Rapla_vallavalitsus, lk 21
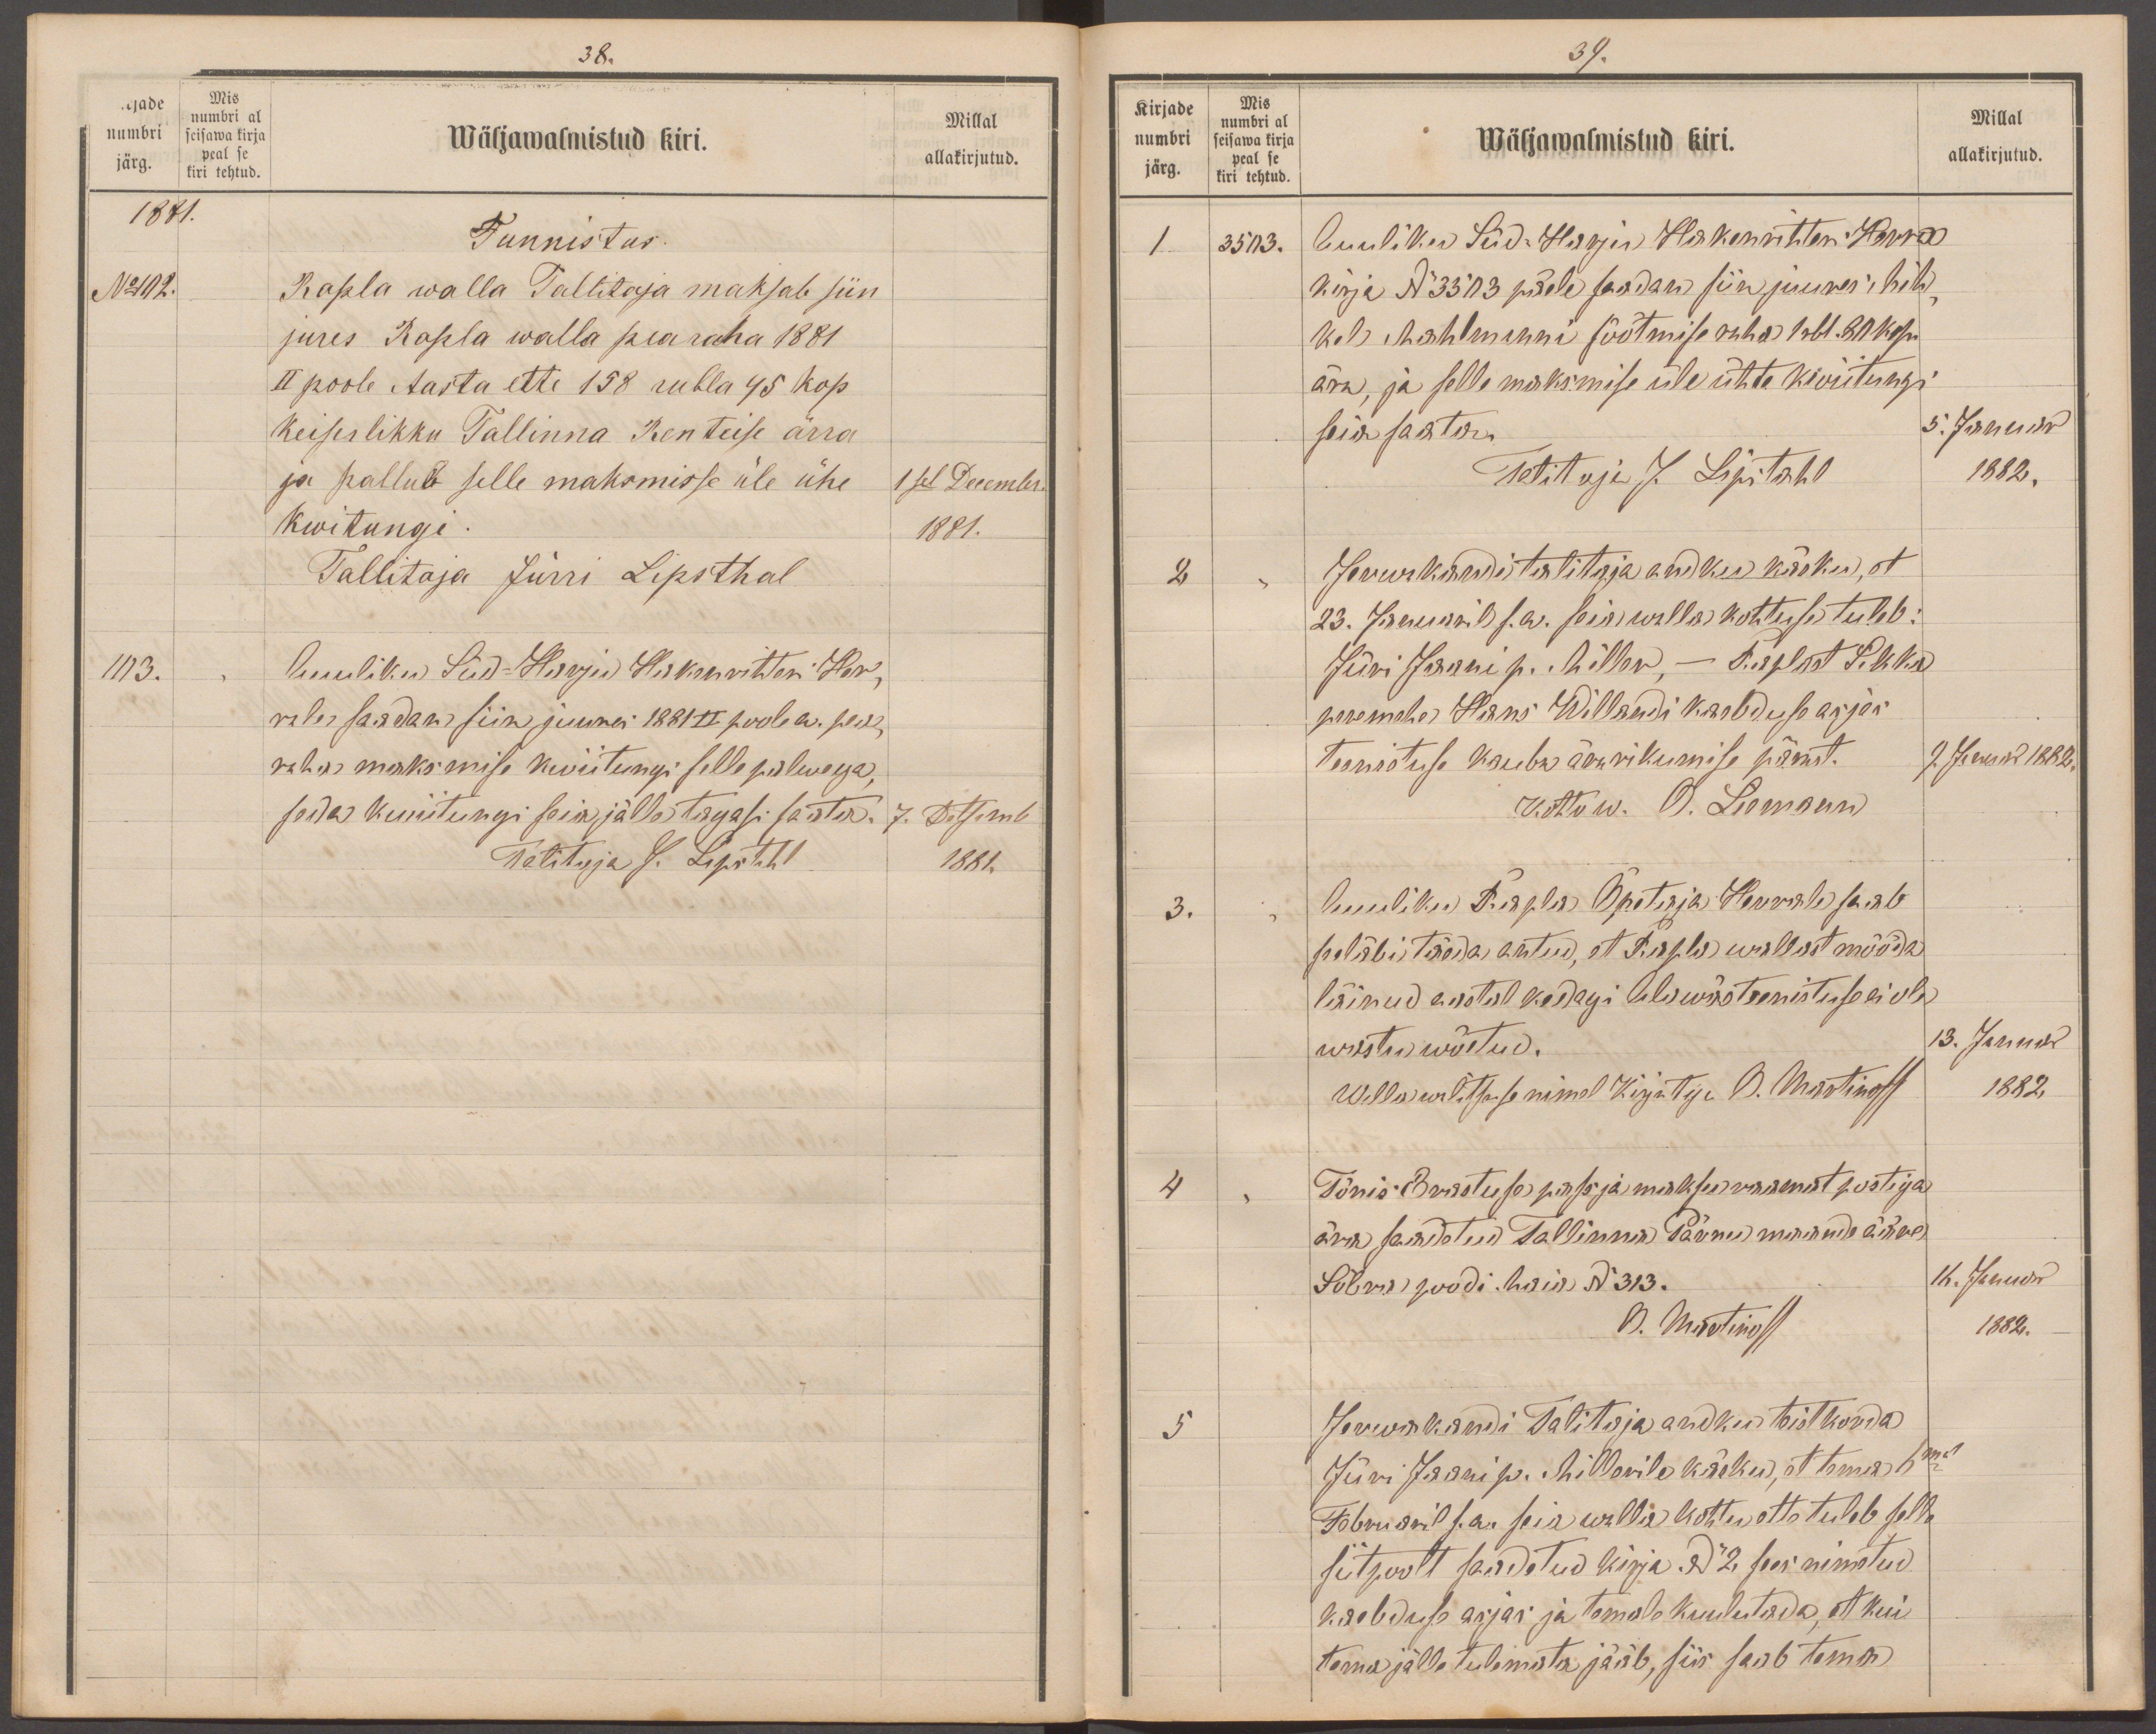
38.
jaade
Mis
numbri al
numbri
seisawa kirja
Wäljawalmistud kiri.
Millal
peal se
järg.
kiri tehtud
allakirjutud.
1881.
Tunnistus.
No 102.
Rapla walla Tallitaja maksab siin
jures Rapla walla pearaha 1881
II poole Aasta ette 158 rubla 45 kop
keiserlikku Tallinna Renteise ärra
ja pallub selle maksmisse üle ühe
sel Decembr.
Kwitungi
1881.
Tallitaja Jürri Lipsthal
103.
1
Auuliku Süd-Harju Hakenrihteri Her-
rale saadan siin juures 1881 II poole a. selle
rahu maksmise kwiitungi selle palwega,
sedda kwiitungi seia jälle tagasi saata.
7. Detsemb.
Talitaja J. Lipstahl
1881.

39.
Kirjade
Mis
numbri al
Millal
numbri
Wäljawalmistud kiri.
seisawa kirja
peal se
järg.
kiri tehtud
allakirjutud.
1
3503.
Auuliku Süd: Harju Hakenrihteri Herra
kirja No 3303 päele saadan siin juures Mih
kel Mahlmanni söötmise raha 1 rbl. 80 kop.
ära, ja selle maksmise üle ühte kwiitungi
seia saata.
5. Januar
Talitaja J. Lipstahl
1882.
2
Jerwakandii talitaja andku käsku, et
23. Januaril s.a. seie walla kohtuse tuleb.
Jüri Jaani p. Miller, - Raplast Pikka
peremehe Hans Willandi kaebduse asjas
teenistuse kauba ärarikumise pärast.
2. Januar 1882.
Kohtu w. O. Liemann
3.
Auuliku Rapla Õpetaja Herrale saab
seeläbi täeda antud, et Rapla wallast mööda
läinud aastal kedagi Ale wäeteenistustuse ei ole
wastu wõetud.
13. Januar
Wallawalitsuse nimel Kirjutaja B. Martinoff
1882
4
Tõnis Erastuse pass ja maksu raamat postiga
ära saadetud Tallinna Pärnu maande äres
Sõbra poodi. Maia No 313.
16. Januar
B. Martinoff
1882.
5
Jerwakandi Talitaja andku teistkorda
Jüri Jaani p. Millerile käsku, et tema 6mal
Februaril s. a. seia walla kohtu ette tuleb selle
siitpoolt saadetud kirja No 2 sees nimetud
kaebduse asjas ja temale kuulutada, et kui
tema jälle tulemata jääb, siis saab tema